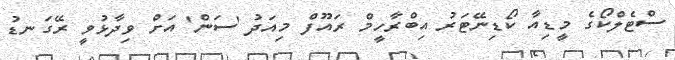
ސްޓެލްކޯގެ މީޑިއާ ކޯޑިނޭޓަރު އިބްރާހީމް ރައޫފް މިއަދު 'ސަން' އަށް ވިދާޅުވީ ރޭގަނޑު